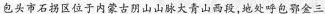
包头市石拐区位于内蒙古阴山山脉大青山西段，地处呼包鄂金三